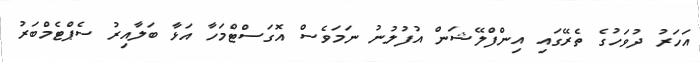
އަހަރު ދުވަހުގެ ތެރޭގައި އިންފްލޭޝަން އުފުލުނު ނަމަވެސް އޮގަސްޓްމަހާ އަޅާ ބަލާއިރު ސެޕްޓެމްބަރު